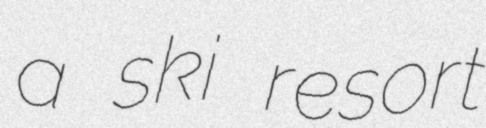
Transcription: a ski resort